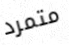
متمرد